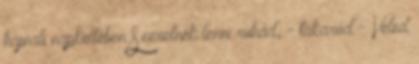
hajnali napkeltében Szeretnék lenni ruhád, - takaród - Veled